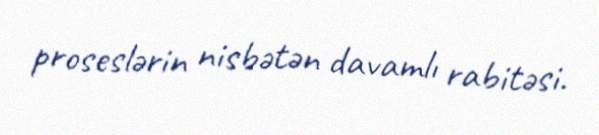
proseslərin nisbətən davamlı rabitəsi.